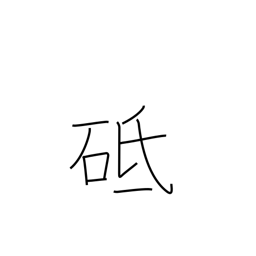
Meaning: whetstone